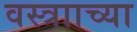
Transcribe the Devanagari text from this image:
वस्त्रााच्या